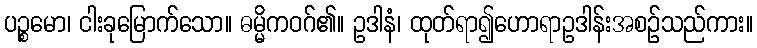
ပဉ္စမော၊ ငါးခုမြောက်သော။ ဓမ္မိကဝဂ်၏။ ဥဒါနံ၊ ထုတ်ရာ၍ဟောရာဥဒါန်းအစဉ်သည်ကား။